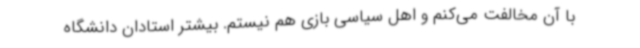
با آن مخالفت می‌کنم و اهل سیاسی بازی هم نیستم. بیشتر استادان دانشگاه